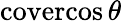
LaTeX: \operatorname{covercos}\theta